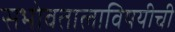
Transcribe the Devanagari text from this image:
सभोवतालाविषयीची